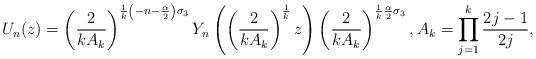
LaTeX: \begin{align*}U_n(z) = \left( \frac{2}{k A_k} \right)^{\frac{1}{k}\left(-n-\frac{\alpha}{2}\right) \sigma_3} Y_n\left( \left( \frac{2}{k A_k} \right)^{\frac{1}{k}} z \right) \left( \frac{2}{k A_k} \right)^{\frac{1}{k}\frac{\alpha}{2} \sigma_3},A_k = \prod_{j=1}^k \frac{2j-1}{2j},\end{align*}